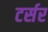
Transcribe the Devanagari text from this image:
टर्सर